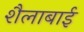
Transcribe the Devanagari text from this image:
शैलाबाई